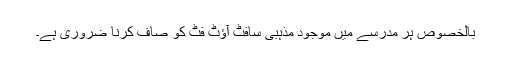
بالخصوص ہر مدرسے میں موجود مذہبی سافٹ آؤٹ فٹ کو صاف کرنا ضروری ہے۔